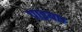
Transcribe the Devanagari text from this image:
पाइया।